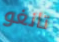
تانغو